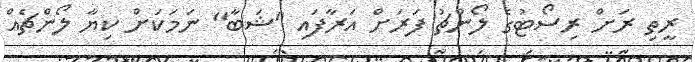
ރީތި ރަށް ރިސޯޓުގެ ލޯންޗު ފަރަށް އަރާފައި "ޝަބާ" ނަމަކަށް ކިޔާ ލޯންޗެއް